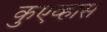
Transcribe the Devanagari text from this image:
कुएव्हास